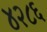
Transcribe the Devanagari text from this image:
४२८६